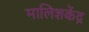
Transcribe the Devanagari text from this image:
मालिशकेंद्र